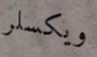
ويكسلر